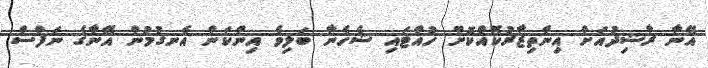
އޭނާ ރާޝިދުއަށް އިންތިޒާރުކޮއްކޮށް ހުއްޓައި ޝެހެނާ ބަލިވެ އިންކަން އެނގުމުން އޭނާގެ ނަފްސް